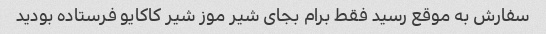
سفارش به موقع رسید فقط برام بجای شیر موز شیر کاکایو فرستاده بودید